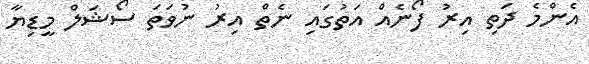
އެންމެ ދަތި އިރު ފޯނެއް އަތުގައި ނެތް އިރު ނުވަތަ ސޯޝަލް މީޑިޔާ